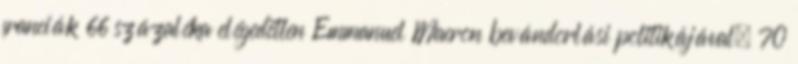
franciák 66 százaléka elégedetlen Emmanuel Macron bevándorlási politikájával, 70